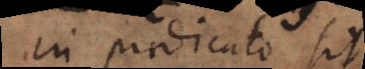
In praedicato sit